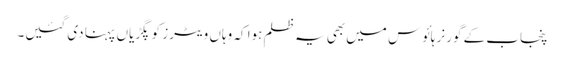
پنجاب کے گورنر ہائوس میں بھی یہ ظلم ہوا کہ وہاں ویٹرز کو پگڑیاں پہنا دی گئیں۔